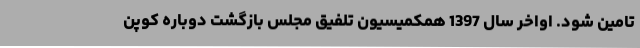
تامین شود. اواخر سال 1397 همکمیسیون تلفیق مجلس بازگشت دوباره کوپن